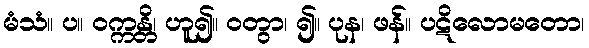
မံသံ။ ပ။ ဝက္ကန္တိ၊ ဟူ၍။ ဝတွာ၊ ၍။ ပုန၊ ဖန်။ ပဋိလောမတော၊